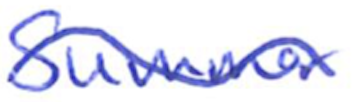
Text: Summer
Cross-out: mix
Writing tool: ballpoint